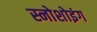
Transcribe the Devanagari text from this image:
स्नोशोइंग